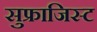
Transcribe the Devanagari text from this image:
सुफ्राजिस्ट